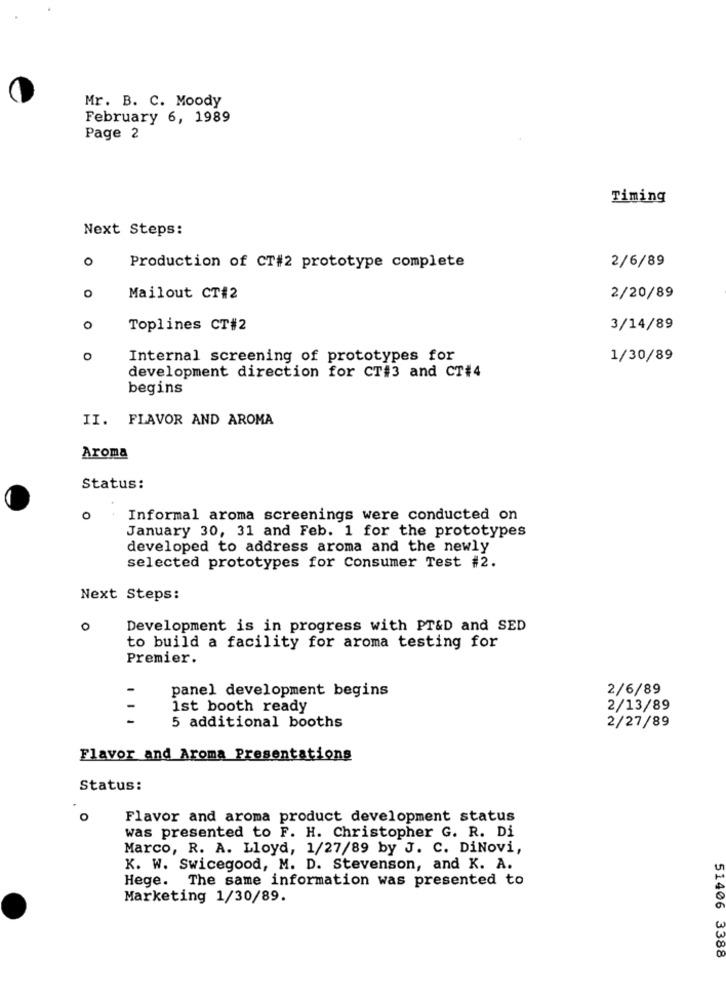
Mr. B. C. Moody
February 6, 1989
Page 2
Timing
Next Steps:
O
2/6/89
Production of CT#2 prototype complete
Mailout CT#2
2/20/89
0
Toplines CT#2
3/14/89
O
Internal screening of prototypes for
1/30/89
development direction for CT#3 and CT#4
begins
II. FLAVOR AND AROMA
Aroma
Status:
o
Informal aroma screenings were conducted on
January 30, 31 and Feb. 1 for the prototypes
developed to address aroma and the newly
selected prototypes for Consumer Test #2.
Next Steps:
0
Development is in progress with PT&D and SED
to build a facility for aroma testing for
Premier.
2/6/89
panel development begins
1st booth ready
2/13/89
5 additional booths
2/27/89
Flavor and Aroma Presentations
Status:
O
Flavor and aroma product development status
was presented to F. H. Christopher G. R. Di
Marco, R. A. Lloyd, 1/27/89 by J. C. DiNovi,
K. W. Swicegood, M. D. Stevenson, and K. A.
Hege. The same information was presented to
Marketing 1/30/89.
51406 3388